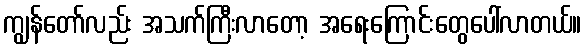
ကျွန်တော်လည်း အသက်ကြီးလာတော့ အရေးကြောင်းတွေပေါ်လာတယ်။